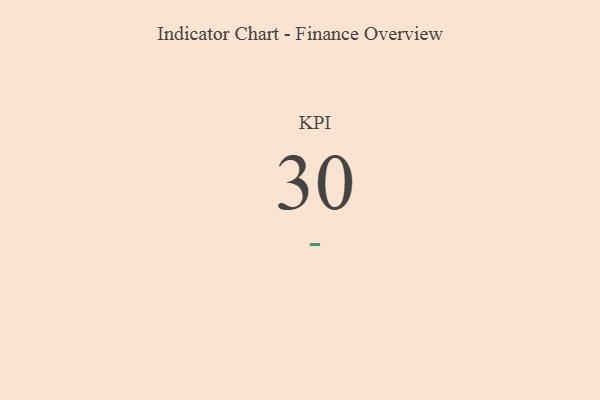
{"axis": {"x": "KPI", "y": "Value"}, "legend": [""], "data": [{"x": "KPI", "y": 30, "type": ""}]}